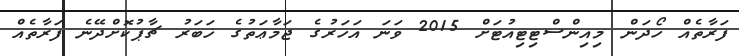
ފަރާތެއް ހޯދަން މިއިންސްޓިޓިއުޓަށް 2015 ވަނަ އަހަރުގެ ޖަމާޢަތުގެ ޚަބަރު ޗާޕުކޮށްދޭނެ ފަރާތެއް